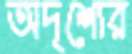
অদৃশ্যের